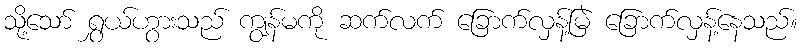
သို့သော် ရွှယ်ဟွားသည် ကျွန်မကို ဆက်လက် ခြောက်လှန့်မြဲ ခြောက်လှန့်နေသည်။